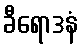
ခီရောဒနံ